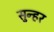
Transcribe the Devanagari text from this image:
सुन्हर